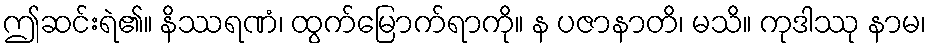
ဤဆင်းရဲ၏။ နိဿရဏံ၊ ထွက်မြောက်ရာကို။ န ပဇာနာတိ၊ မသိ။ ကုဒါဿု နာမ၊